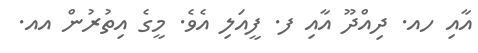
އާއި ހއ. ދިއްދޫ އާއި ފ. ފީއަލި އެވެ. މީގެ އިތުރުން އއ.